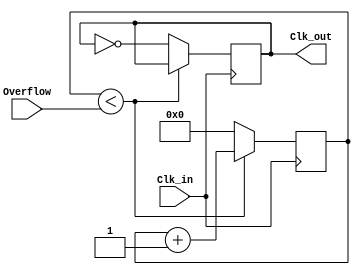
module divisor_clock 
(
	output reg Clk_out = 1'b0,
	input Clk_in,
	input [27:0] Overflow
);
	reg [27:0] cnt = 0;
	
	always @(posedge Clk_in)	 
	begin
		if (cnt < Overflow) begin
			cnt <= cnt + 1'b1;			
			Clk_out <= Clk_out;
		end
		else begin
			cnt <= 0;
			Clk_out <= ~Clk_out;
		end
	end

endmodule